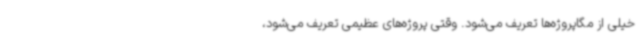
خیلی از مگاپروژه‌ها تعریف می‌شود. وقتی پروژه‌های عظیمی تعریف می‌شود،